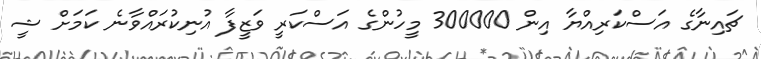
ޗައިނާގެ އަސްކަރިއްޔާ އިން 300000 މީހުންގެ އަސްކަރީ ވަޒީފާ އުނިކުރައްވާނެ ކަމަށް ޝީ